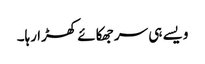
ویسے ہی سر جھکائے کھڑا رہا۔